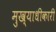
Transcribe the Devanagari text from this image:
मुख्याधीकारी